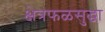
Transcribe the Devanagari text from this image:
क्षेत्रफळसुद्धा